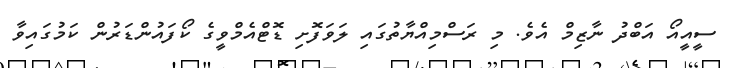
ސީއީއޯ އަބްދު ނާޒިމް އެވެ. މި ރަސްމިއްޔާތުގައި ލަވަފޮށި ޑޮޓްއެމްވީގެ ކޯފައުންޑަރުން ކަމުގައިވާ